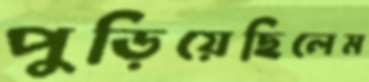
পুড়িয়েছিলেম